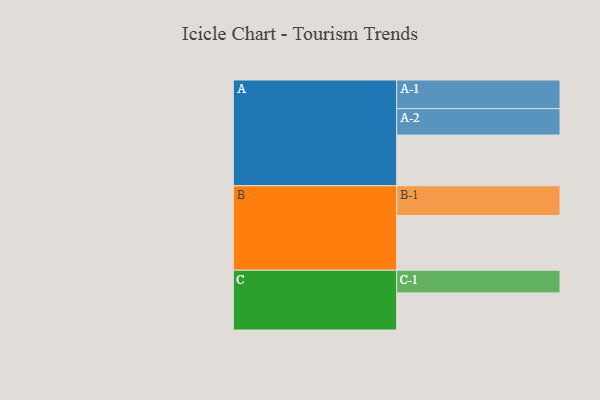
{"axis": {"x": "Segment", "y": "Value"}, "legend": ["", "A", "B", "C"], "data": [{"x": "A", "y": 473, "type": ""}, {"x": "B", "y": 510, "type": ""}, {"x": "C", "y": 346, "type": ""}, {"x": "A-1", "y": 267, "type": "A"}, {"x": "A-2", "y": 246, "type": "A"}, {"x": "B-1", "y": 277, "type": "B"}, {"x": "C-1", "y": 211, "type": "C"}]}